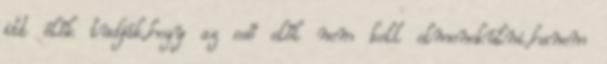
itt élők tudják,hogy az eső elől nem kell elmenekülni,hanem